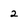
Character: 2